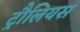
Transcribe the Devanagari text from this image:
ट्रौलियस